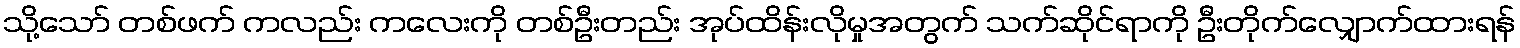
သို့သော် တစ်ဖက် ကလည်း ကလေးကို တစ်ဦးတည်း အုပ်ထိန်းလိုမှုအတွက် သက်ဆိုင်ရာကို ဦးတိုက်လျှောက်ထားရန်